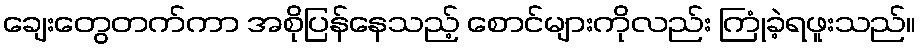
ချေးတွေတက်ကာ အစိုပြန်နေသည့် စောင်များကိုလည်း ကြုံခဲ့ရဖူးသည်။